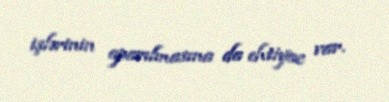
işlərinin aparılmasına da ehtiyac var.